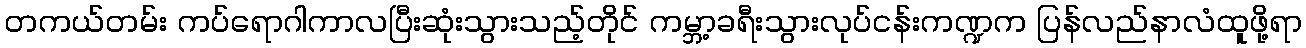
တကယ်တမ်း ကပ်ရောဂါကာလပြီးဆုံးသွားသည့်တိုင် ကမ္ဘာ့ခရီးသွားလုပ်ငန်းကဏ္ဍက ပြန်လည်နာလံထူဖို့ရာ